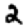
Digit: 2